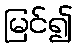
မြင်၍